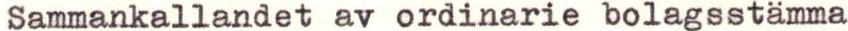
Sammankallandet av ordinarie bolagsstämma